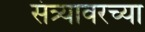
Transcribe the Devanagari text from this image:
संत्र्यावरच्या